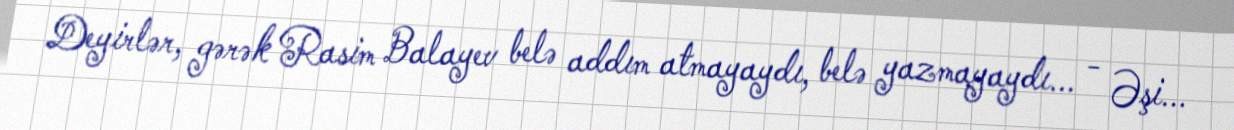
Deyirlər, gərək Rasim Balayev belə addım atmayaydı, belə yazmayaydı... - Əşi...